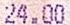
24.00